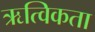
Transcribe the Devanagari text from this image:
ऋत्विकता